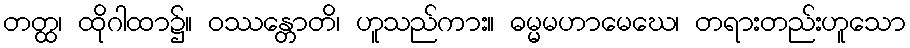
တတ္ထ၊ ထိုဂါထာ၌။ ဝဿန္တောတိ၊ ဟူသည်ကား။ ဓမ္မမဟာမေဃေ၊ တရားတည်းဟူသော